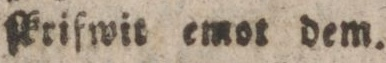
ſkrifwit emot dem.